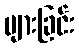
များခြင်း